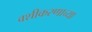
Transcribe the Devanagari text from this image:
वशीकरणाच्या